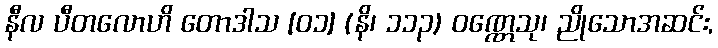
နီလ ပီတလောဟိ တောဒါသ [၀၁] (နိ၊ ၁၁၃) ဝဏ္ဏေသု၊ ညိုသောအဆင်း,